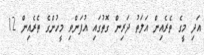
އަދި މީގެ ތެރެއިން އަލަތު ދަރިން ގޮތުގައި އުފަންވި މީހުންގެ ތެރެއިން 12